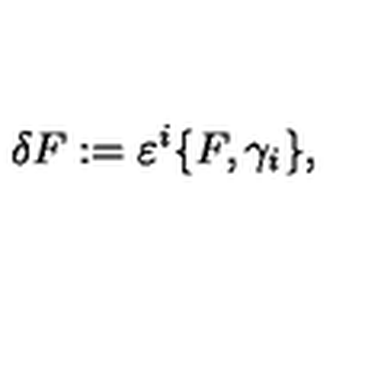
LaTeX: \delta F : = \varepsilon ^ { i } \{ F , \gamma _ { i } \} ,